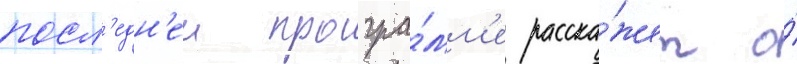
посл'едн'еи програ́мм'е расска́жет о́